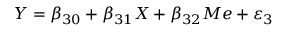
Y = \beta _ { 3 0 } + \beta _ { 3 1 } X + \beta _ { 3 2 } M e + \varepsilon _ { 3 }